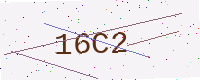
Text: 16C2